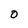
Character: O